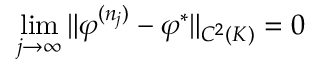
\operatorname* { l i m } _ { j \to \infty } \| \varphi ^ { ( n _ { j } ) } - \varphi ^ { * } \| _ { C ^ { 2 } ( K ) } = 0